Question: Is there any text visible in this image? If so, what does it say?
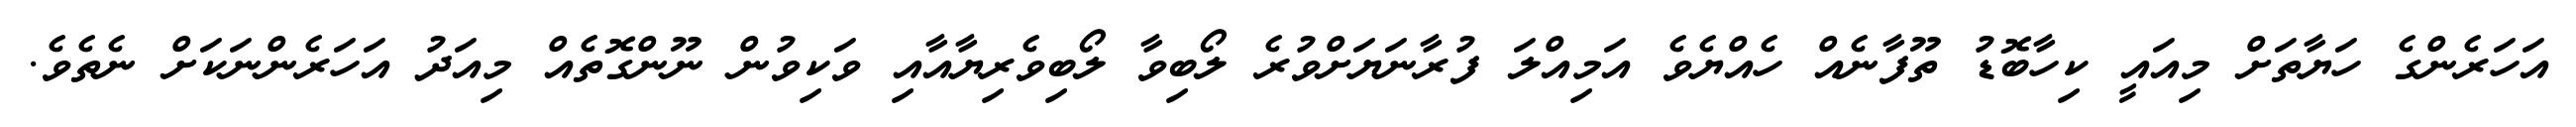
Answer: އަހަރެންގެ ހަޔާތަށް މިއައީ ކިހާބޮޑު ތޫފާނެއް ހެއްޔެވެ އަމިއްލަ ފުރާނަޔަށްވުރެ ލޯބިވާ ލޯބިވެރިޔާއާއި ވަކިވުން ނޫންގޮތެއް މިއަދު އަހަރެންނަކަށް ނެތެވެ.